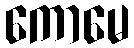
ကောမေ